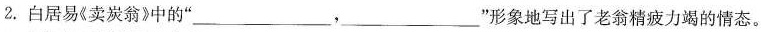
2. 白居易《卖炭翁》中的”___，___”形象地写出了老翁精疲力竭的情态。